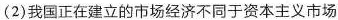
(2)我国正在建立的市场经济不同于资本主义市场